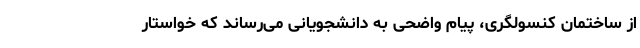
از ساختمان کنسولگری، پیام واضحی به دانشجویانی می‌رساند که خواستار